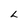
Character: L